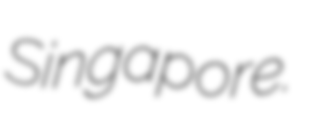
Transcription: Singapore.